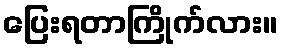
ပြေးရတာကြိုက်လား။